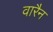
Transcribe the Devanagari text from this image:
वारैन